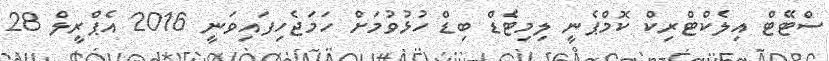
ސްޓޭޓް އިލެކްޓްރިކް ކޮމްޕެނީ ލިމިޓެޑް ބިޑް ހުޅުވުމަށް ހަމަޖެހިފައިވަނީ 2016 އެޕްރީލް 28